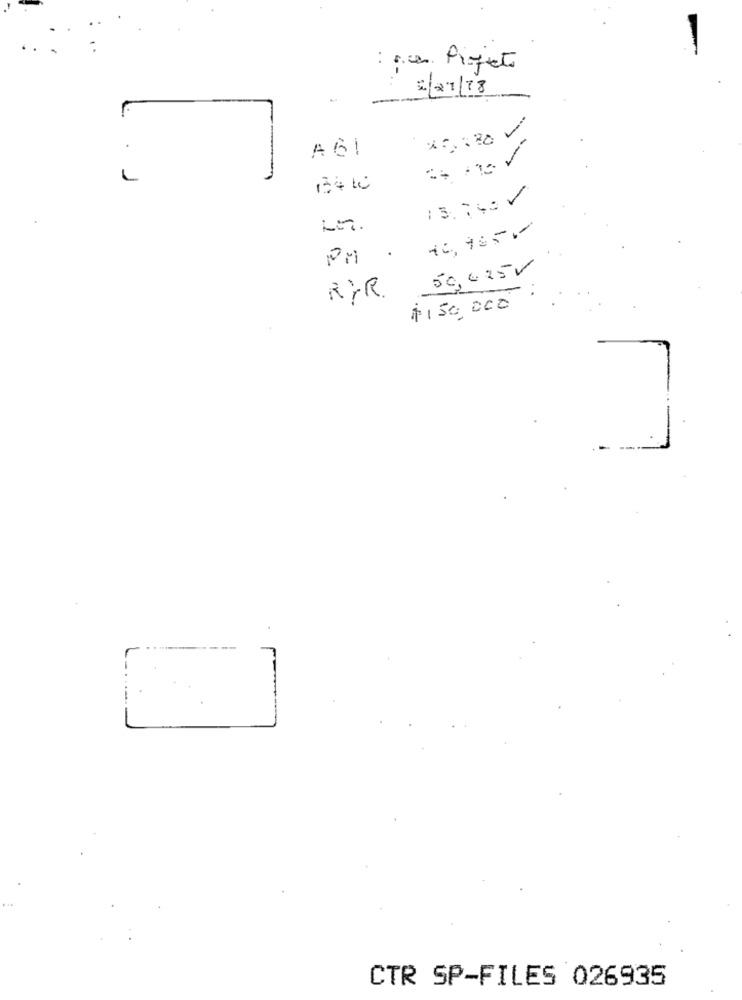
: per Projecto
2/27/18
A 61
--
46,955'
PM
50,025V
RYR.
1150,000
CTR SP-FILES 026935